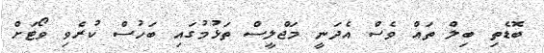
ބޮޑެތި ބިލް ތައް ވެސް އެދަނީ މަޖްލީސް ތަޅުމުގައި ބަހުސް ކުރެވި ވޯޓަށް